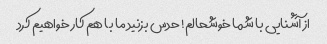
از آشنایی با شما خوشحالم! حدس بزنید ما با هم کار خواهیم کرد